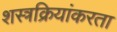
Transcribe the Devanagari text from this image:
शस्त्रक्रियांकरता